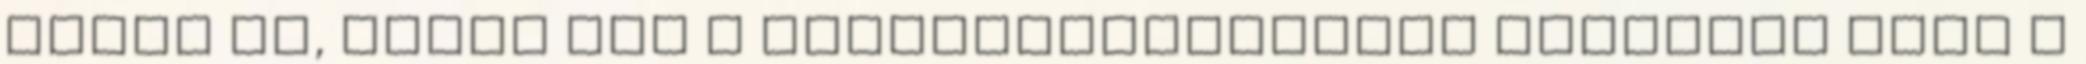
követ el, akkor azt a szabálytalanságot büntetni kell A